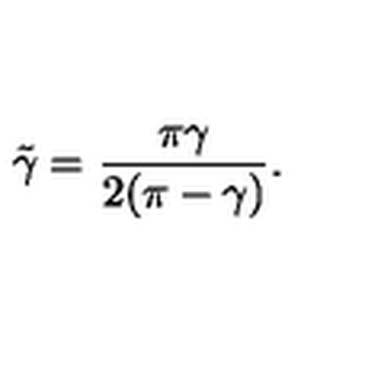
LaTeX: \tilde { \gamma } = \frac { \pi \gamma } { 2 ( \pi - \gamma ) } .